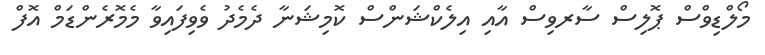
މޯލްޑިވްސް ޕޮލިސް ސާރވިސް އާއި އިލެކްޝަންސް ކޮމިޝަނާ ދެމެދު ވެވިފައިވާ މެމޮރެންޑަމް އޮފް